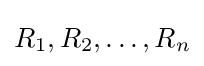
R_{1},R_{2},\dots ,R_{n}